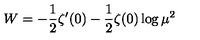
W = - \frac { 1 } { 2 } \zeta ^ { \prime } ( 0 ) - \frac { 1 } { 2 } \zeta ( 0 ) \log \mu ^ { 2 }